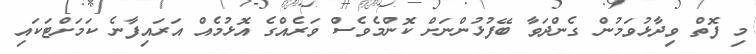
މި ފޮތް ވިދާޅުވަމުން ގެންދަވާ ބޭފުޅުންނަށް ކޮންމެވެސް ވަރެއްގެ އޮޅުމެއް އަރައިފާނެ ކަމަށްޓަކައި